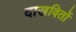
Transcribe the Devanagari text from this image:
दाखवितों